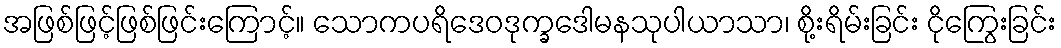
အဖြစ်ဖြင့်ဖြစ်ဖြင်းကြောင့်။ သောကပရိဒေဝဒုက္ခဒေါမနသုပါယာသာ၊ စို့းရိမ်းခြင်း ငိုကြွေးခြင်း